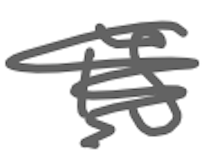
Text: is
Cross-out: scratch
Writing tool: digital_gray